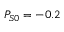
P _ { S 0 } = - 0 . 2